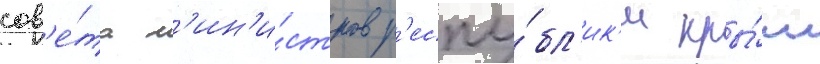
сов'е́та м'ин'и́стров р'еспу́бл'ик'и кры́м